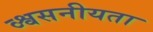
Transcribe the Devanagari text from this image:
व्श्वसनीयता